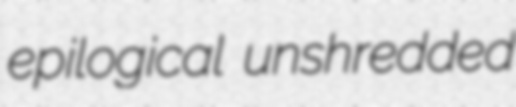
epilogical unshredded